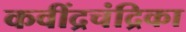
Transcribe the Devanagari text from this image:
कवींद्रचंद्रिका